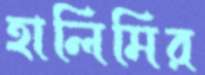
হালিমির